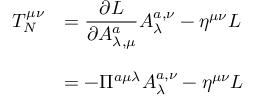
\begin{array} { l l } { { T _ { N } ^ { \mu \nu } } } & { { = \displaystyle { \frac { \partial { \cal L } } { \partial A _ { \lambda , \mu } ^ { a } } A _ { \lambda } ^ { a , \nu } - \eta ^ { \mu \nu } { \cal L } } } } \\ { { { } } } & { { { } } } \\ { { { } } } & { { = - \Pi ^ { a \mu \lambda } A _ { \lambda } ^ { a , \nu } - \eta ^ { \mu \nu } { \cal L } } } \end{array}